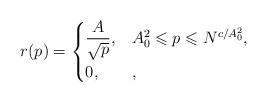
LaTeX: \begin{align*}r(p)=\begin{cases} \displaystyle\frac{A}{\sqrt{p}}, &A_0^2\leqslant p\leqslant N^{c/A_0^2},\\ 0, &,\end{cases}\end{align*}